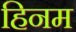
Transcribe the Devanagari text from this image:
हिनम